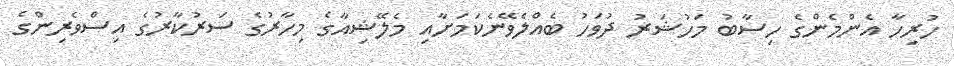
ހުރިހާ އެންމެންގެ ހިސާބު މަހުޝަރު ދުވަހު ބެއްލެވޭނެކަމަށާއި މެލޭޝިއާގެ މިހާރުގެ ސަރުކާރުގެ އިސްވެރިންގެ